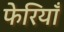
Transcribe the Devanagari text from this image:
फेरियाँ